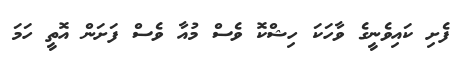
ފެށި ކައިވެނީގެ ވާހަކަ ހިޝްކޮ ވެސް މުއާ ވެސް ފަށަން އޮތީ ހަމަ